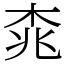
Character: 𣑯